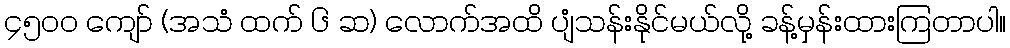
၄၅၀၀ ကျော် (အသံ ထက် ၆ ဆ) လောက်အထိ ပျံသန်းနိုင်မယ်လို့ ခန့်မှန်းထားကြတာပါ။